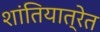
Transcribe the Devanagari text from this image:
शांतियात्रेत